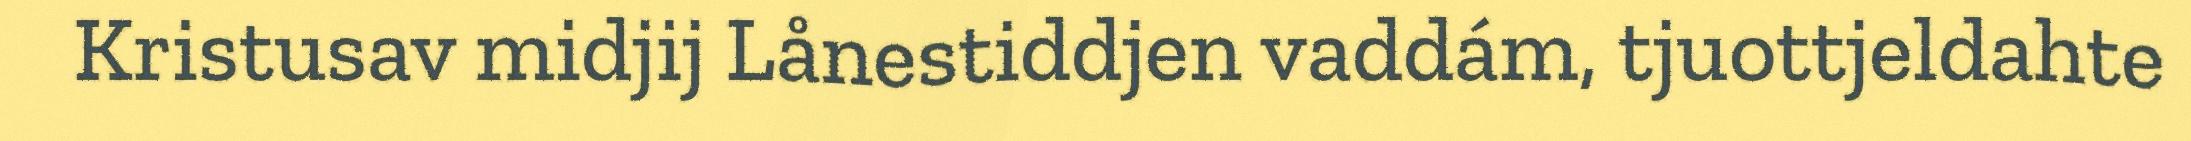
Kristusav midjij Lånestiddjen vaddám, tjuottjeldahte